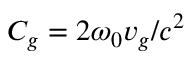
C _ { g } = 2 \omega _ { 0 } v _ { g } / c ^ { 2 }